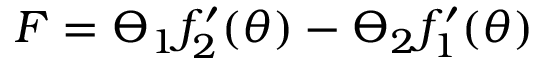
F = \varTheta _ { 1 } f _ { 2 } ^ { \prime } ( \theta ) - \varTheta _ { 2 } f _ { 1 } ^ { \prime } ( \theta )